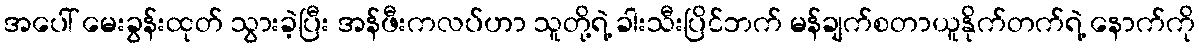
အပေါ် မေးခွန်းထုတ် သွားခဲ့ပြီး အန်ဖီးကလပ်ဟာ သူတို့ရဲ့ ခါးသီးပြိင်ဘက် မန်ချက်စတာယူနိုက်တက်ရဲ့ နောက်ကို